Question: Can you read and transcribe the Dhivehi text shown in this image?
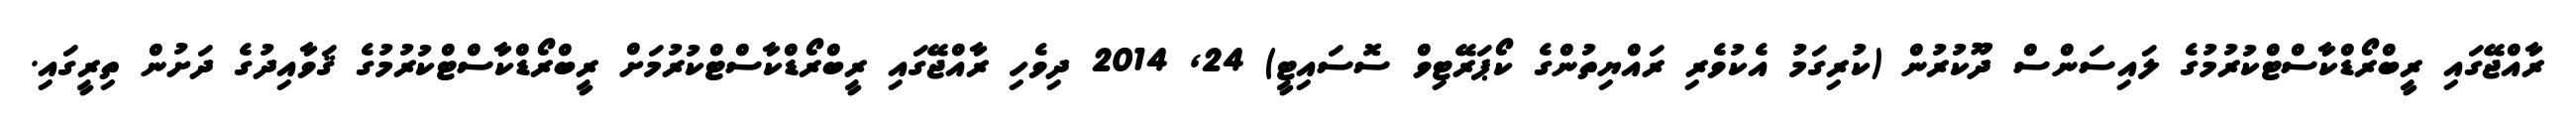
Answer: ރާއްޖޭގައި ރީބްރޯޑްކާސްޓްކުރުމުގެ ލައިސަންސް ދޫކުރުން (ކުރިގަމު އެކުވެރި ރައްޔިތުންގެ ކޯޕަރޭޓިވް ސޮސައިޓީ) 24, 2014 ދިވެހި ރާއްޖޭގައި ރީބްރޯޑްކާސްޓްކުރުމަށް ރީބްރޯޑްކާސްޓްކުރުމުގެ ޤަވާއިދުގެ ދަށުން ތިރީގައި.